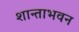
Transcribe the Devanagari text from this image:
शान्ताभवन